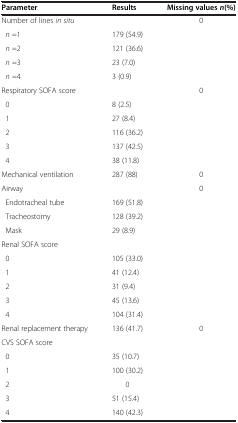
<table><thead><tr><td><b>Parameter</b></td><td><b>Results</b></td><td><b>Missing values<i>n</i>(%)</b></td></tr></thead><tbody><tr><td>Number of lines <i>in situ</i></td><td> </td><td>0</td></tr><tr><td> <i>n</i> =1</td><td>179 (54.9)</td><td rowspan="4"> </td></tr><tr><td> <i>n</i> =2</td><td>121 (36.6)</td></tr><tr><td> <i>n</i> =3</td><td>23 (7.0)</td></tr><tr><td> <i>n</i> =4</td><td>3 (0.9)</td></tr><tr><td>Respiratory SOFA score</td><td> </td><td rowspan="6">0</td></tr><tr><td> 0</td><td>8 (2.5)</td></tr><tr><td> 1</td><td>27 (8.4)</td></tr><tr><td> 2</td><td>116 (36.2)</td></tr><tr><td> 3</td><td>137 (42.5)</td></tr><tr><td> 4</td><td>38 (11.8)</td></tr><tr><td>Mechanical ventilation</td><td>287 (88)</td><td>0</td></tr><tr><td>Airway</td><td> </td><td rowspan="4">0</td></tr><tr><td> Endotracheal tube</td><td>169 (51.8)</td></tr><tr><td> Tracheostomy</td><td>128 (39.2)</td></tr><tr><td> Mask</td><td>29 (8.9)</td></tr><tr><td>Renal SOFA score</td><td> </td><td rowspan="6"> </td></tr><tr><td> 0</td><td>105 (33.0)</td></tr><tr><td> 1</td><td>41 (12.4)</td></tr><tr><td> 2</td><td>31 (9.4)</td></tr><tr><td> 3</td><td>45 (13.6)</td></tr><tr><td> 4</td><td>104 (31.4)</td></tr><tr><td>Renal replacement therapy</td><td>136 (41.7)</td><td>0</td></tr><tr><td>CVS SOFA score</td><td> </td><td rowspan="6"> </td></tr><tr><td> 0</td><td>35 (10.7)</td></tr><tr><td> 1</td><td>100 (30.2)</td></tr><tr><td> 2</td><td>0</td></tr><tr><td> 3</td><td>51 (15.4)</td></tr><tr><td> 4</td><td>140 (42.3)</td></tr></tbody></table>